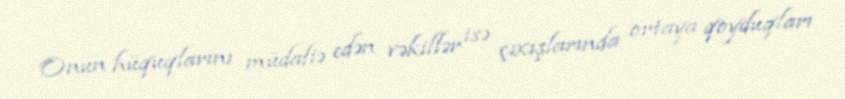
Onun hüquqlarını müdafiə edən vəkillər isə çıxışlarında ortaya qoyduqları